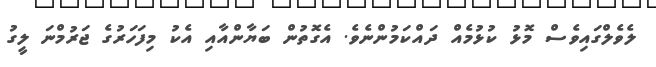
ލެވެލްގައިވެސް މޮޅު ކުޅުމެއް ދައްކަމުންނެވެ. އެގޮތުން ބަޔާންއާއި އެކު މިފަހަރުގެ ޖަރުމްނަ ލީގު